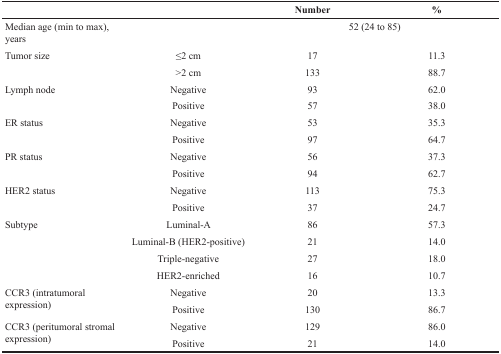
<table><thead><tr><td colspan="2"></td><td><b>Number</b></td><td><b>%</b></td></tr></thead><tbody><tr><td>Median age (min to max), years</td><td></td><td colspan="2">52 (24 to 85)</td></tr><tr><td rowspan="2">Tumor size</td><td>≤2 cm</td><td>17</td><td>11.3</td></tr><tr><td>&gt;2 cm</td><td>133</td><td>88.7</td></tr><tr><td rowspan="2">Lymph node</td><td>Negative</td><td>93</td><td>62.0</td></tr><tr><td>Positive</td><td>57</td><td>38.0</td></tr><tr><td rowspan="2">ER status</td><td>Negative</td><td>53</td><td>35.3</td></tr><tr><td>Positive</td><td>97</td><td>64.7</td></tr><tr><td rowspan="2">PR status</td><td>Negative</td><td>56</td><td>37.3</td></tr><tr><td>Positive</td><td>94</td><td>62.7</td></tr><tr><td rowspan="2">HER2 status</td><td>Negative</td><td>113</td><td>75.3</td></tr><tr><td>Positive</td><td>37</td><td>24.7</td></tr><tr><td rowspan="4">Subtype</td><td>Luminal-A</td><td>86</td><td>57.3</td></tr><tr><td>Luminal-B (HER2-positive)</td><td>21</td><td>14.0</td></tr><tr><td>Triple-negative</td><td>27</td><td>18.0</td></tr><tr><td>HER2-enriched</td><td>16</td><td>10.7</td></tr><tr><td rowspan="2">CCR3 (intratumoral expression)</td><td>Negative</td><td>20</td><td>13.3</td></tr><tr><td>Positive</td><td>130</td><td>86.7</td></tr><tr><td rowspan="2">CCR3 (peritumoral stromal expression)</td><td>Negative</td><td>129</td><td>86.0</td></tr><tr><td>Positive</td><td>21</td><td>14.0</td></tr></tbody></table>